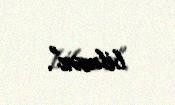
bilməz".